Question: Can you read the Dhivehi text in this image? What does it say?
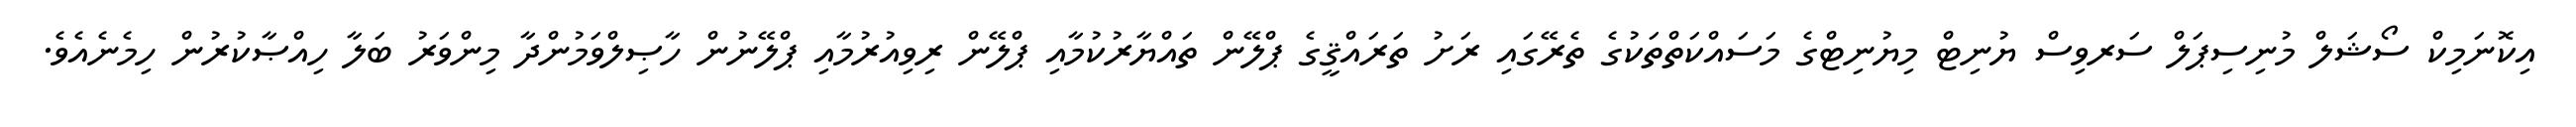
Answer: އިކޮނަމިކް ސޯޝަލް މުނިސިޕަލް ސަރވިސް ޔުނިޓް މިޔުނިޓްގެ މަސައްކަތްތަކުގެ ތެރޭގައި ރަށު ތަރައްޤީގެ ޕްލޭން ތައްޔާރުކުމާއި ޕްލޭން ރިވިއުރުމާއި ޕްލޭނުން ހާޞިލްވަމުންދާ މިންވަރު ބަލާ ހިއްޞާކުރުން ހިމެނެއެވެ.